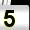
Digit: 5